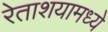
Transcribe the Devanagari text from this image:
रेताशयामध्ये